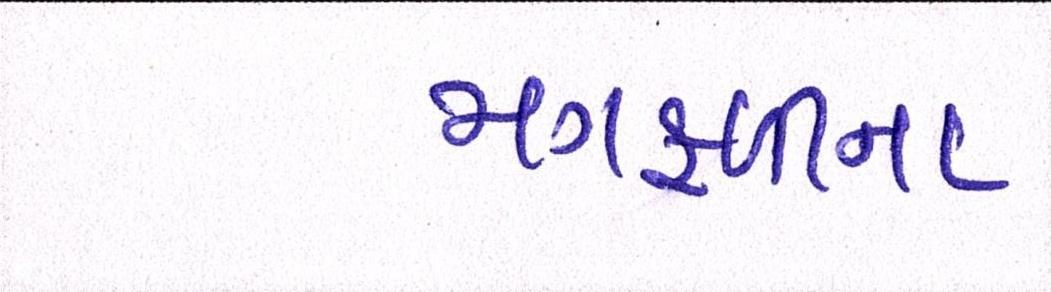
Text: મગફળીના